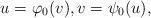
LaTeX: \begin{align*} u = \varphi_{0}(v), v = \psi_{0}(u), \end{align*}